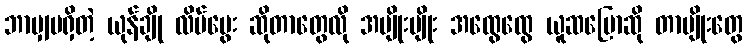
ဘာမျှမရှိတဲ့ ယုန်ချို လိပ်မွေး ဆိုတာတွေလို အမျိုးမျိုး အထွေထွေ ယူဆပြောဆို တာမျိုးတွေ